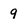
Character: 9